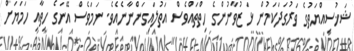
ޝަޚުސިއްޔަތުގެ ވަރުގަދަކަމުން ޅަ ޒުވާނުންގެ ހިތްތައްވެސް އަތުލައިގަންނާނެއެވެ. ނަމަވެސް އޭނަގެ ހިތާއި ހަމަޔަށް